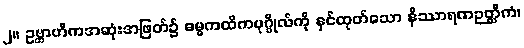
၂။ ဥဗ္ဘာဟိကအဆုံးအဖြတ်၌ ဓမ္မကထိကပုဂ္ဂိုလ်ကို နှင်ထုတ်သော နိဿာရဏဉတ္တိကံ၊